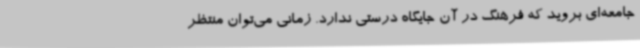
جامعه‌ای بروید که فرهنگ در آن جایگاه درستی ندارد. زمانی می‌توان منتظر